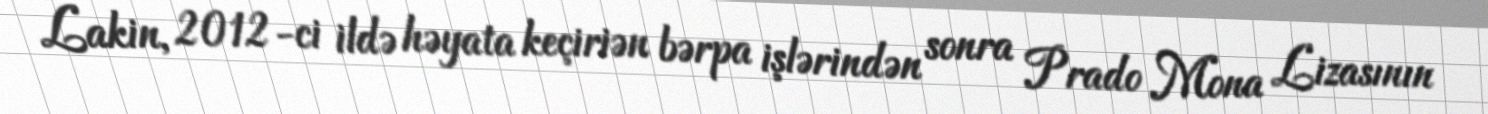
Lakin, 2012-ci ildə həyata keçiriən bərpa işlərindən sonra Prado Mona Lizasının